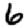
Digit: 6